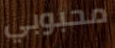
محبوبي